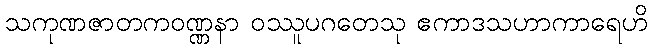
သကုဏဇာတကဝဏ္ဏနာ ဝဿူပဂတေသု ဧကာဒသဟာကာရေဟိ